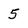
Character: 5